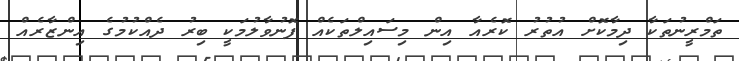
ތަމްރީނުތަކާ ދިމާކޮށް އުތުރު ކޮރެއާ އިން މިސައިލްތަކެއް ފޮނުވާލުމަކީ ބިރު ދެއްކުމުގެ އިންޒާރެއް